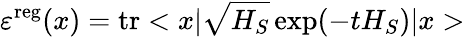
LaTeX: \varepsilon^{\mathrm{reg}}(x)=\mathrm{tr}<x|\sqrt{H_{S}}\exp(-tH_{S})|x>